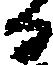
る